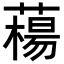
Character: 𦼴